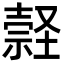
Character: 𡑚